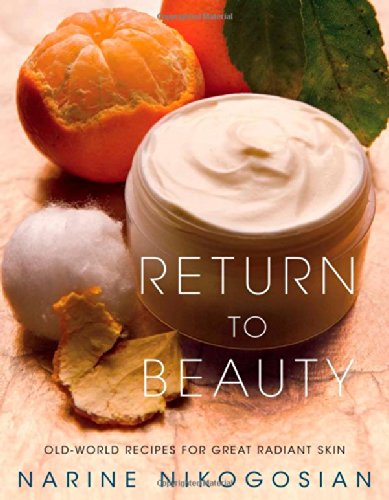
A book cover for Return to Beauty: Old-World Recipes for Great Radiant Skin; Narine Nikogosian; Health, Fitness & Dieting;